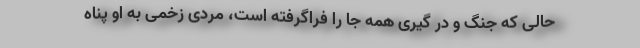
حالی که جنگ و در گیری همه جا را فراگرفته است، مردی زخمی به او پناه